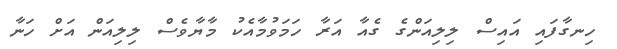
ހިނގާފައި އައިސް ލިލިއަންގެ ގެއާ އަރާ ހަމަވުމާއެކު މާޔާވެސް ލިލިއަން އަށް ހަނާ